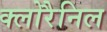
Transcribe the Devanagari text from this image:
क्लोरैनिल